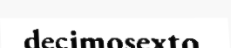
decimosexto